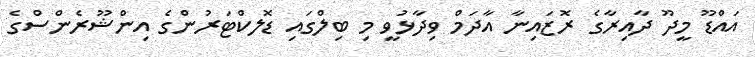
އައްޑޫ މީދޫ ދާއިރާގެ ރޮޒައިނާ އާދަމް ވިދާޅުވީ މި ބިލްގައި ޑޮލކްޓަރުންގެ އިންޝޫރެންސްގެ